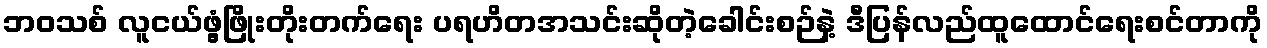
ဘဝသစ် လူငယ်ဖွံ့ဖြိုးတိုးတက်ရေး ပရဟိတအသင်းဆိုတဲ့ခေါင်းစဉ်နဲ့ ဒီပြန်လည်ထူထောင်ရေးစင်တာကို